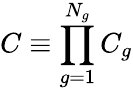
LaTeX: C\equiv\prod_{g=1}^{N_{g}}C_{g}